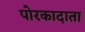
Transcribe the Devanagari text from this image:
पोरकादाता